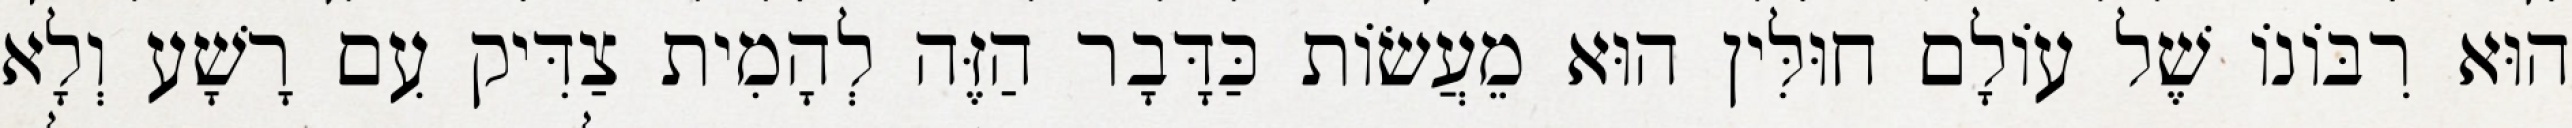
הוּא רִבּוֹנוֹ שֶׁל עוֹלָם חוּלִּין הוּא מֵעֲשׂוֹת כַּדָּבָר הַזֶּה לְהָמִית צַדִּיק עִם רָשָׁע וְלָא